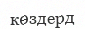
көздерд